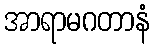
အာရာမဂတာနံ